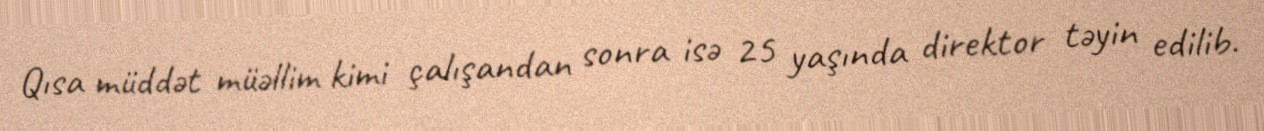
Qısa müddət müəllim kimi çalışandan sonra isə 25 yaşında direktor təyin edilib.